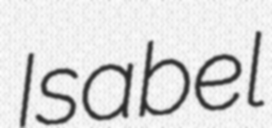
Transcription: Isabel